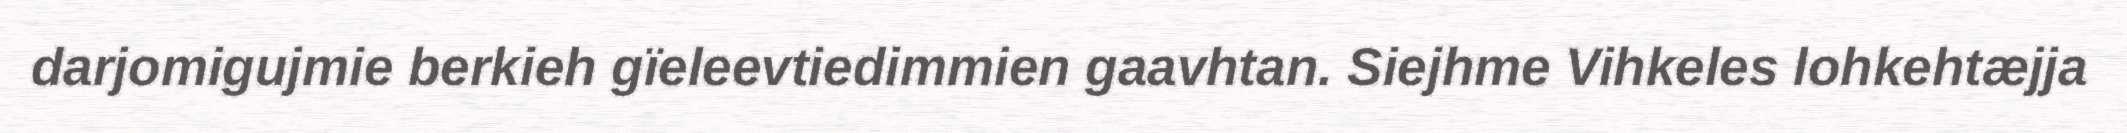
darjomigujmie berkieh gïeleevtiedimmien gaavhtan. Siejhme Vihkeles lohkehtæjja